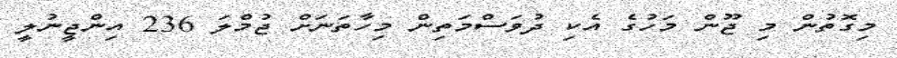
މިގޮތުން މި ޖޫން މަހުގެ އެކި ދުވަސްމަތިން މިހާތަނަށް ޖުމްލަ 236 އިންޖީނުލީ